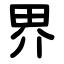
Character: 界